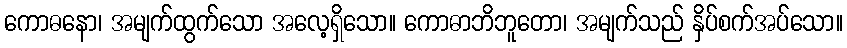
ကောဓနော၊ အမျက်ထွက်သော အလေ့ရှိသော။ ကောဓာဘိဘူတော၊ အမျက်သည် နှိပ်စက်အပ်သော။